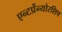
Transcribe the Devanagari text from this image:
एन्टर्प्रेन्योरशिप